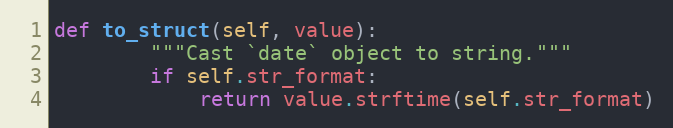
Language: Python
def to_struct(self, value):
        """Cast `date` object to string."""
        if self.str_format:
            return value.strftime(self.str_format)